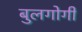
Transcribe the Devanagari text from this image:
बुलगोगी